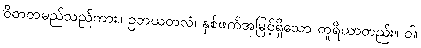
ဝိတတမည်သည်ကား။ ဥဘယတလံ၊ နှစ်ဖက်အမြင့်ရှိသော တူရိယာတည်း။ ဝါ၊